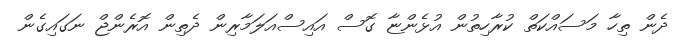
ދެން ތިހާ މަސައްކަތް ކުރާހިތުން އުޅެންޏާ ގޮސް އައިސްއަލަމާރިން ދެތިން އޮރެންޖް ނަގައިގެން